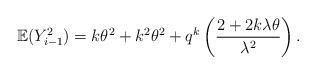
LaTeX: \begin{align*} \mathbb{E}(Y_{i-1}^2) = k\theta^2+k^2\theta^2+q^k\left(\frac{2+2k\lambda\theta}{\lambda^2}\right). \end{align*}